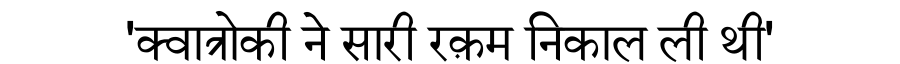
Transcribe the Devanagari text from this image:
'क्वात्रोकी ने सारी रक़म निकाल ली थी'